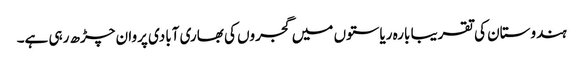
ہندوستان کی تقریبا بارہ ریاستوں میں گجروں کی بھاری آبادی پروان چڑھ رہی ہے۔